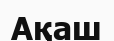
Ақаш